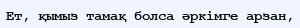
Ет, қымыз тамақ болса әркімге арзан,